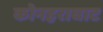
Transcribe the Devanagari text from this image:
कोनहराघाट